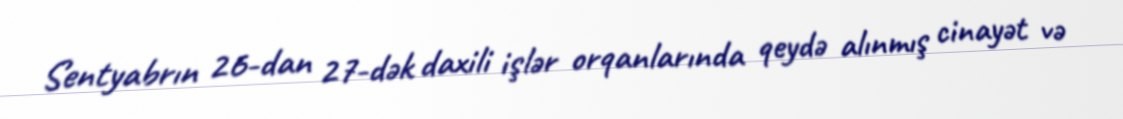
Sentyabrın 26-dan 27-dək daxili işlər orqanlarında qeydə alınmış cinayət və